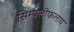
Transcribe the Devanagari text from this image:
सिम्पलीफलाय